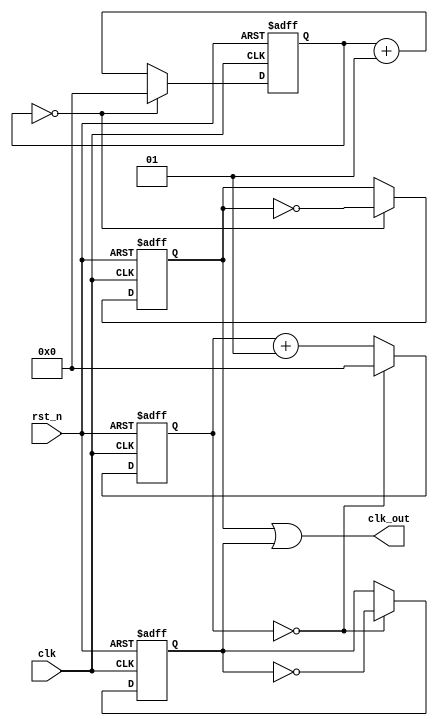
`timescale 1ns / 1ps
//////////////////////////////////////////////////////////////////////////////////
// Company: 
// Engineer: 
// 
// Design Name: 
// Module Name: Timer
// Project Name: 
// Target Devices: 
// Tool Versions: 
// Description: 
// 
// Dependencies: 
// 
// Revision:
// Revision 0.01 - File Created
// Additional Comments:
// 
//////////////////////////////////////////////////////////////////////////////////

module Timer
    #(parameter N=1)
    (
        input clk,rst_n,
        output clk_out
        );
    reg clk_p,clk_n;
    integer cnt_n;
    integer cnt_p;
    assign clk_out=clk_p|(N&1?clk_n:0);
    
    always @(posedge clk or negedge rst_n) begin
        if (!rst_n) cnt_p<=0;
        else if (cnt_p==N-1) cnt_p<=0;
        else cnt_p<=cnt_p+1;
    end
      
    always @(negedge clk or negedge rst_n) begin
        if (!rst_n) cnt_n<=0;
        else if (cnt_n==(N&1?N-1:N/2-1)) cnt_n<=0;
        else cnt_n<=cnt_n+1;
    end
      
    always @(posedge clk or negedge rst_n) begin
        if (!rst_n) clk_p<=0;
        else if (cnt_p==(N&1?(N-1)/2:N/2-1)) clk_p<=~clk_p;
        else if (cnt_p==(N-1)) clk_p<=~clk_p;
    end
    
    always @(negedge clk or negedge rst_n) begin
        if (!rst_n) clk_n<=0;
        else if (cnt_n==(N-1)/2) clk_n<=~clk_n;
        else if (cnt_n==(N-1)) clk_n<=~clk_n;
    end
endmodule